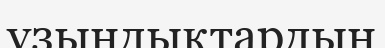
ұзындықтардың